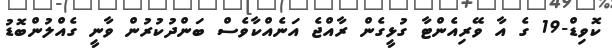
ކޮވިޑް-19 ގެ އާ ވޭރިއެންޓާ ގުޅީގެން ރާއްޖެ އަނެއްކާވެސް ބަންދުކުރުން ވާނީ ގެއްލުންބޮޑު